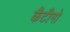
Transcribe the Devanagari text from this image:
कैंटीनो